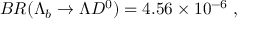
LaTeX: B R ( \Lambda _ { b } \to \Lambda D ^ { 0 } ) = 4 . 5 6 \times 1 0 ^ { - 6 } \; ,